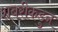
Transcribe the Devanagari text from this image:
शबरीकडुन